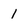
Character: 1